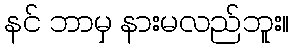
နင် ဘာမှ နားမလည်ဘူး။